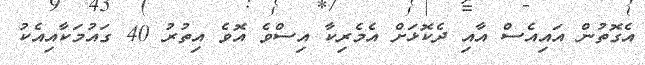
އެގޮތުުން އައިއެސް އާއި ދެކޮޅަށް އެމެރިކާ އިސްވެ އޮވެ އިތުރު 40 ގައުމަކާއިއެކު